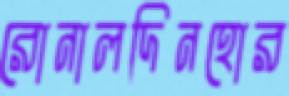
রোনালদিনহোর